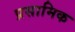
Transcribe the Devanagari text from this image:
प्रसामिक